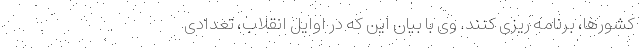
کشورها، برنامه ریزی کنند. وی با بیان این که در اوایل انقلاب، تعدادی